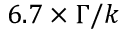
6 . 7 \times \Gamma / k